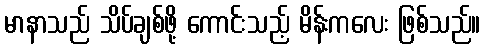
မာနာသည် သိပ်ချစ်ဖို့ ကောင်းသည့် မိန်းကလေး ဖြစ်သည်။